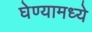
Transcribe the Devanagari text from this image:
घेण्यामध्ये